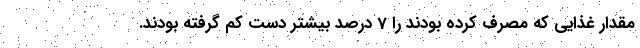
مقدار غذایی که مصرف کرده بودند را 7 درصد بیشتر دست کم گرفته بودند.